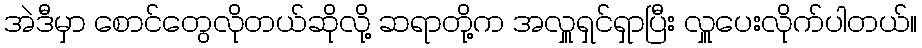
အဲဒီမှာ စောင်တွေလိုတယ်ဆိုလို့ ဆရာတို့က အလှူရှင်ရှာပြီး လှူပေးလိုက်ပါတယ်။